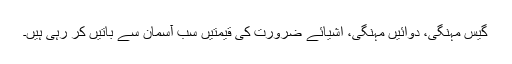
گیس مہنگی، دوائیں مہنگی، اشیائے ضرورت کی قیمتیں سب آسمان سے باتیں کر رہی ہیں۔